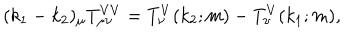
LaTeX: ( k _ { 1 } - k _ { 2 } ) _ { \mu } T _ { \mu \nu } ^ { V V } = T _ { \nu } ^ { V } ( k _ { 2 } ; m ) - T _ { \nu } ^ { V } ( k _ { 1 } ; m ) ,